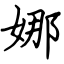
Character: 娜